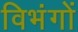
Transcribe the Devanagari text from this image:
विभंगों